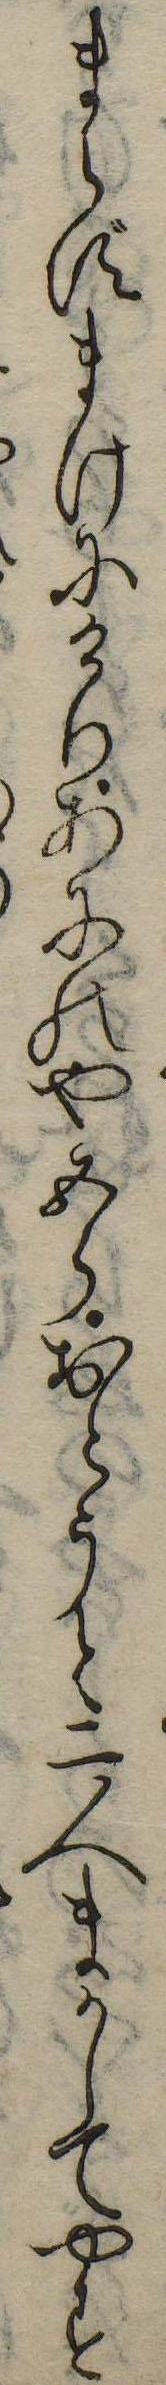
まらずまけにけりあにのや五郎おとうと二人まかしてやす